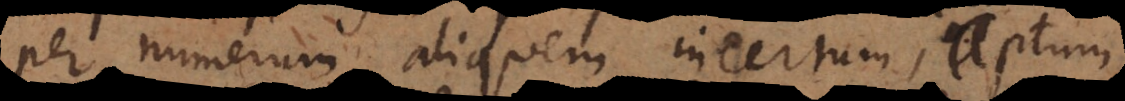
per numerum aliquem incertum, aptum